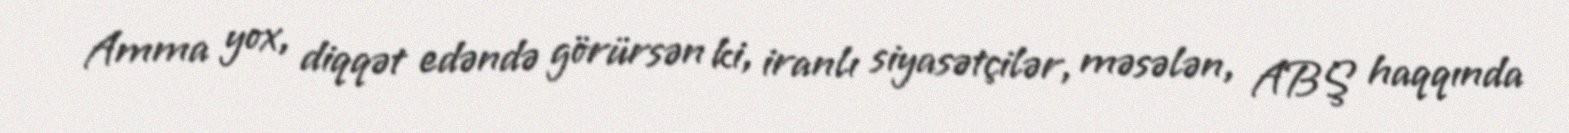
Amma yox, diqqət edəndə görürsən ki, iranlı siyasətçilər, məsələn, ABŞ haqqında